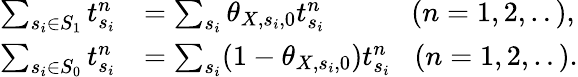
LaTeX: \begin{array}{rl}{\sum_{s_{i}\in S_{1}}t_{s_{i}}^{n}}&{=\sum_{s_{i}}\theta_{X,s_{i},0}t_{s_{i}}^{n}\; \; \; \; \; \; \; \; \; \; \; (n=1,2,..),}\\ {\sum_{s_{i}\in S_{0}}t_{s_{i}}^{n}}&{=\sum_{s_{i}}(1-\theta_{X,s_{i},0})t_{s_{i}}^{n}\; \; \; (n=1,2,..).}\end{array}